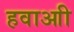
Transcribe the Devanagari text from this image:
हवाआी